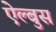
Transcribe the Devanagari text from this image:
ऐल्बुस